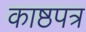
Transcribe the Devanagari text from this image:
काष्ठपत्र